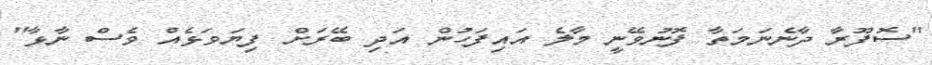
"ސޮފޫރާ ދާނެނަމަތާ ފޮނުވޭނީ މާލެ އައިފަހުން އަދި ބޭރަށް ފިޔަވަޅެއް ވެސް ނާޅާ"